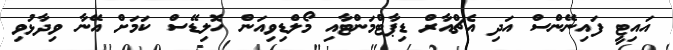
އައިޓީ ފައިނޭންސް އަދި އެޗްއާރް ޑިޕާޓްމަންޓާއި މޯލްޑިވިއަން ހޮލިޑޭސް ކަމަށް އޭނާ ވިދާޅުވި